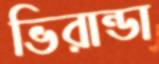
ভিরান্ডা